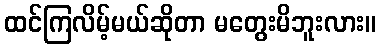
ထင်ကြလိမ့်မယ်ဆိုတာ မတွေးမိဘူးလား။